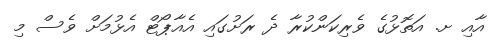
އާއި ށ. އަތޮޅުގެ ވެރިކަންކުރާ ދެ ރަށުގައި އެއާޕޯޓް އެޅުމަށް ވެސް މި